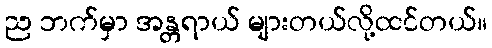
ည ဘက်မှာ အန္တရာယ် များတယ်လို့ထင်တယ်။